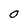
Character: O